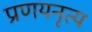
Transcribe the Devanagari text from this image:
प्रणयनृत्य